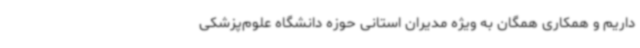
داریم و همکاری همگان به ویژه مدیران استانی حوزه دانشگاه علوم‌پزشکی